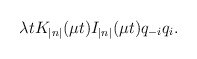
\begin{align*}\lambda tK_{\left| n\right| }(\mu t)I_{\left| n\right| }(\mu t)q_{-i}q_i.\end{align*}